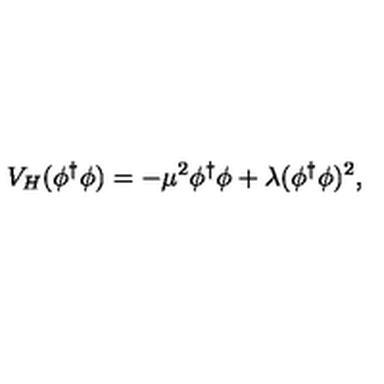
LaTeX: V _ { H } ( \phi ^ { \dagger } \phi ) = - \mu ^ { 2 } \phi ^ { \dagger } \phi + \lambda ( \phi ^ { \dagger } \phi ) ^ { 2 } ,